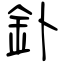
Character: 釙